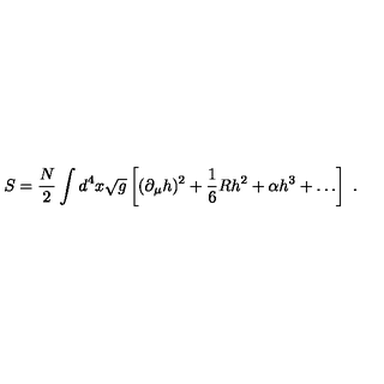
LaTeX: S = { \frac { N } { 2 } } \int d ^ { 4 } x \sqrt g \left[ ( \partial _ { \mu } h ) ^ { 2 } + { \frac { 1 } { 6 } } R h ^ { 2 } + \alpha h ^ { 3 } + \ldots \right] \ .